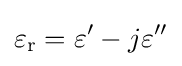
\varepsilon _{\mathrm {r} }=\varepsilon ^{\prime }-j\varepsilon ^{\prime \prime }